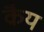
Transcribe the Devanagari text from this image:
क्रैय